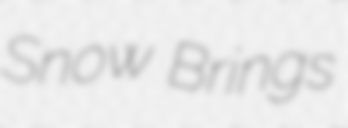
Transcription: Snow Brings